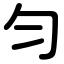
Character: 匀